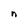
Character: n